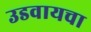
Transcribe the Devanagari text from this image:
उडवायचा